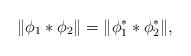
LaTeX: \begin{align*} \| \phi_1 * \phi_2 \| = \| \phi_1^* * \phi_2^* \|, \end{align*}